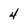
Character: 4